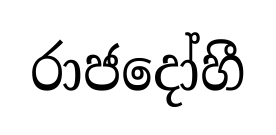
රාජදෝහී